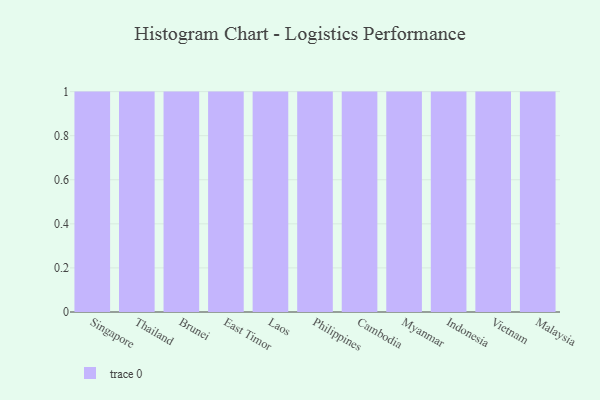
{"axis": {"x": "Country", "y": "Energy Usage (MWh)"}, "legend": [""], "data": [{"x": "Singapore", "y": 40, "type": ""}, {"x": "Thailand", "y": 25, "type": ""}, {"x": "Brunei", "y": 54, "type": ""}, {"x": "East Timor", "y": 8, "type": ""}, {"x": "Laos", "y": 52, "type": ""}, {"x": "Philippines", "y": 52, "type": ""}, {"x": "Cambodia", "y": 34, "type": ""}, {"x": "Myanmar", "y": 41, "type": ""}, {"x": "Indonesia", "y": 31, "type": ""}, {"x": "Vietnam", "y": 68, "type": ""}, {"x": "Malaysia", "y": 80, "type": ""}]}